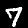
Label: 7